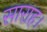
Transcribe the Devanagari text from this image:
साराह।